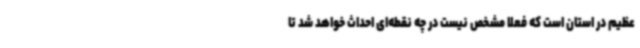
عظیم در استان است که فعلا مشخص نیست در چه نقطه‌ای احداث خواهد شد تا